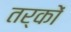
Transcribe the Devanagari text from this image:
तर्काें